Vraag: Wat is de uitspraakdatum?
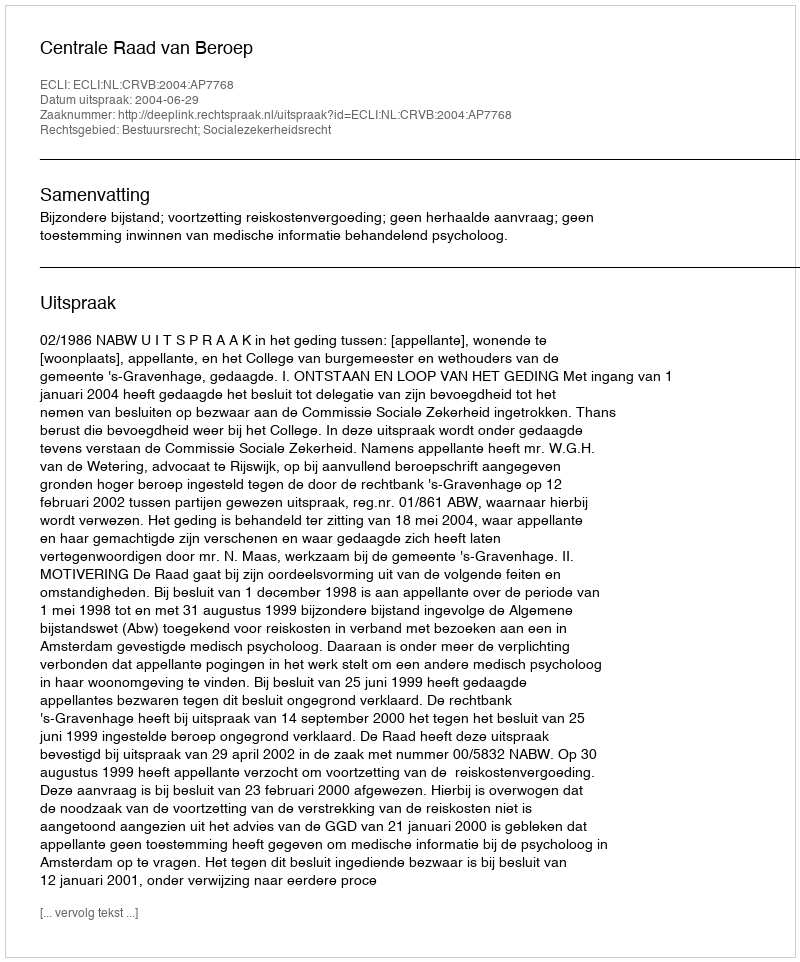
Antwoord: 2004-06-29